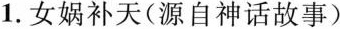
1.女娲补天(源自神话故事)